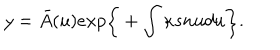
LaTeX: y = { \bar { A } } ( u ) e x p \bigg \{ + \int \kappa s n u d u \bigg \} .